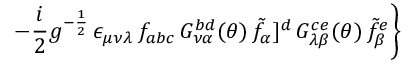
\left. - \frac { i } { 2 } g ^ { - \frac { 1 } { 2 } } \, \epsilon _ { \mu \nu \lambda } \, f _ { a b c } \, G _ { \nu \alpha } ^ { b d } ( \theta ) \, { \tilde { f } } _ { \alpha } ] ^ { d } \, G _ { \lambda \beta } ^ { c e } ( \theta ) \, { \tilde { f } } _ { \beta } ^ { e } \right\}